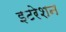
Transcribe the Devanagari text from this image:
इटरेशन